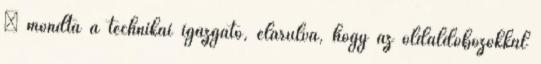
– mondta a technikai igazgató, elárulva, hogy az oldaldobozokkal